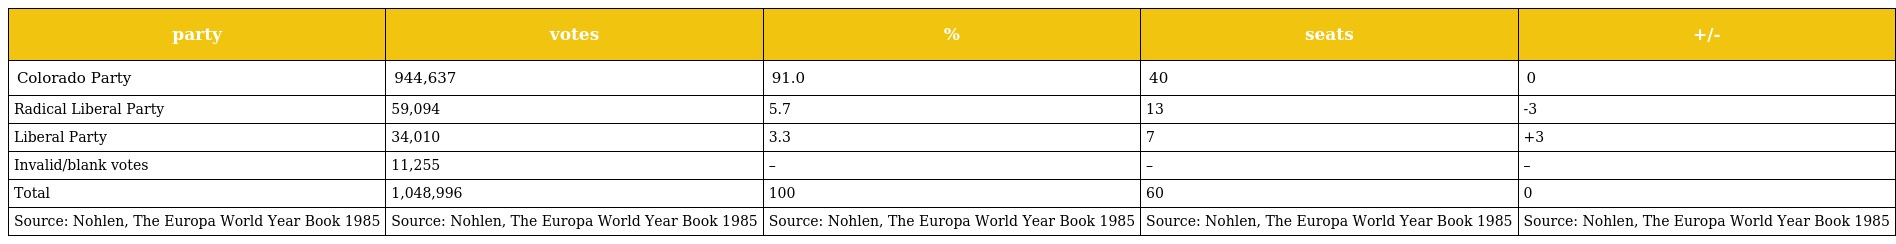
| party | votes | % | seats | +/- |
 | --- | --- | --- | --- | --- |
 | Colorado Party | 944,637 | 91.0 | 40 | 0 |
 | Radical Liberal Party | 59,094 | 5.7 | 13 | -3 |
 | Liberal Party | 34,010 | 3.3 | 7 | +3 |
 | Invalid/blank votes | 11,255 | – | – | – |
 | Total | 1,048,996 | 100 | 60 | 0 |
 | Source: Nohlen, The Europa World Year Book 1985 | Source: Nohlen, The Europa World Year Book 1985 | Source: Nohlen, The Europa World Year Book 1985 | Source: Nohlen, The Europa World Year Book 1985 | Source: Nohlen, The Europa World Year Book 1985 |